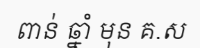
ពាន់ ឆ្នាំ មុន គ.ស